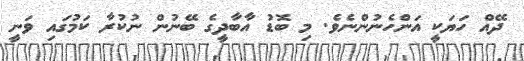
ދޭއް ހަޔަކީ އަންހެނުންނެވެ. މި ބޮޑު އާބާދީގެ ބޭނުން ނުކުރާ ކަމުގައި ވަނީ